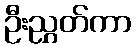
ဦးညွှတ်ကာ